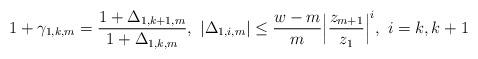
LaTeX: \begin{align*}1+\gamma_{1,k,m}=\frac{1+\Delta_{1,k+1,m}}{1+\Delta_{1,k,m}},~|\Delta_{1,i,m}| \le\frac{w-m}{m}\Big|\frac{z_{m+1}}{z_{1}}\Big|^i,~i=k,k+1 \end{align*}